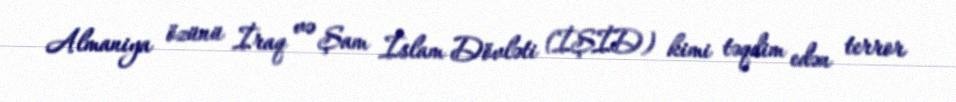
Almaniya özünü İraq və Şam İslam Dövləti (İŞİD) kimi təqdim edən terror